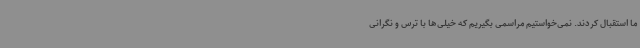
ما استقبال کردند. نمی‌خواستیم مراسمی بگیریم که خیلی‌ها با ترس و نگرانی